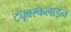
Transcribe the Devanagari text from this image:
ट्यूबरकलाइन